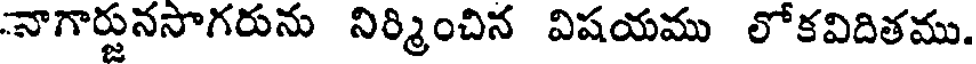
నాగార్జునసాగరును నిర్మించిన విషయము లోకవిదితము.